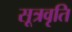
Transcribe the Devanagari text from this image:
सूत्रवृति